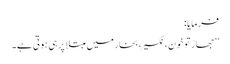
فرمایا :
’’جھاڑ تو خون، نکسیر، بخار میں مبتلا پر ہی ہوتی ہے۔